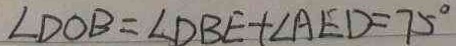
\angle D O B = \angle D B E + \angle A E D = 7 5 ^ { \circ }